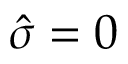
\hat { \sigma } = 0